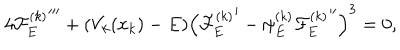
LaTeX: 4 { { \cal F } _ { E } ^ { ( k ) } } ^ { \prime \prime \prime } + ( V _ { k } ( x _ { k } ) - E ) \left( { { \cal F } _ { E } ^ { ( k ) } } ^ { \prime } - \psi _ { E } ^ { ( k ) } { { \cal F } _ { E } ^ { ( k ) } } ^ { \prime \prime } \right) ^ { 3 } = 0 ,